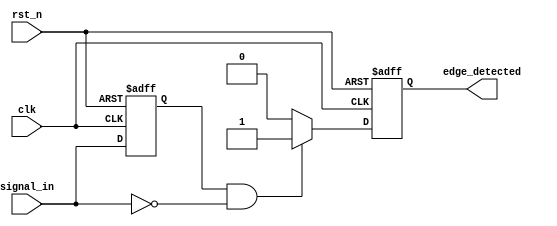
module negative_edge_detector (
    input wire clk,              // Clock signal
    input wire rst_n,            // Active low reset
    input wire signal_in,        // Input signal to detect negative edges
    output reg edge_detected     // Output signal indicating negative edge detection
);

    // Internal storage for the previous state of signal_in
    reg previous_signal;

    // Sequential logic to sample the input signal at the clock's rising edge
    always @(posedge clk or negedge rst_n) begin
        if (!rst_n) begin
            // Reset state
            previous_signal <= 1'b0;
            edge_detected <= 1'b0;
        end else begin
            // Sample the input signal
            previous_signal <= signal_in;

            // Edge detection logic
            if (previous_signal == 1'b1 && signal_in == 1'b0) begin
                edge_detected <= 1'b1;  // Negative edge detected
            end else begin
                edge_detected <= 1'b0;   // No edge detected
            end
        end
    end

endmodule